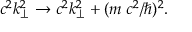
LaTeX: c ^ { 2 } k _ { \perp } ^ { 2 } \to c ^ { 2 } k _ { \perp } ^ { 2 } + ( m \; c ^ { 2 } / \hbar ) ^ { 2 } .